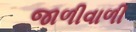
જાળીવાળી